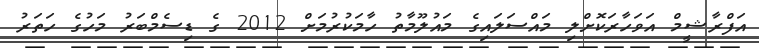
އަފްރާޝީމް އަވަހާރަކޮށްލި މައްސަލައިގެ މައުލޫމާތު ހާމަކުރުމަށް 2012 ގެ ޑިސެމްބަރު މަހުގެ ހަތަރު